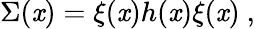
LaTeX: \Sigma(\mathit{x})=\xi(\mathit{x})h(\mathit{x})\xi(\mathit{x})\ ,